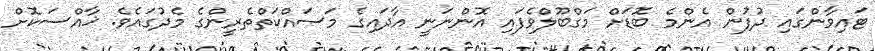
ޓައިވާންގައި ދުފުން އެންމެ ބޮޑަށް މަގްބޫލްވެފައި އޮންނަނީ އާދައިގެ މަސައްކަތްތެރީންގެ މެދުގައެވެ. ޚާއްސަކޮށް